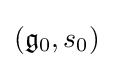
({\mathfrak {g}}_{0},s_{0})